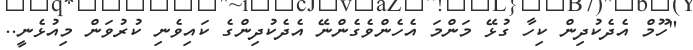
"ހޫމް އެދެކުދިން ކިހާ ގުޅޭ މަންމަ އެހެންވެގެންނޭ އެދެކުދިންގެ ކައިވެނި ކުރުވަން މިއުޅެނީ..